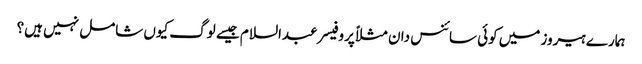
ہمارے ہیروز میں کوئی سائنس دان مثلاً پروفیسر عبدالسلام جیسے لوگ کیوں شامل نہیں ہیں؟